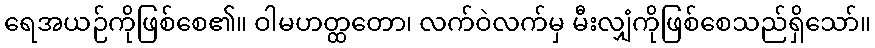
ရေအယဉ်ကိုဖြစ်စေ၏။ ဝါမဟတ္ထတော၊ လက်ဝဲလက်မှ မီးလျှံကိုဖြစ်စေသည်ရှိသော်။